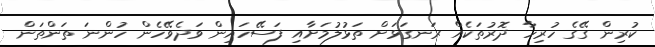
ކުރިން ގޭގެ ހުރިހާ ދޮރުތަކެއް ރަނގަޅަށް ތަޅުލުމަށާއި ފަސޭހައިން ވަދެވޭހެން ހުންނަ ތަންތަން